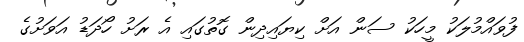
ފުވައްމުލަކު މީހަކު ސަން އަށް ކިޔައިދިން ގޮތުގައި އެ ރަށު ހޯދަޑު އަވަށުގެ